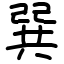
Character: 巽